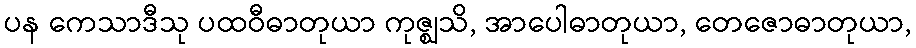
ပန ကေသာဒီသု ပထဝီဓာတုယာ ကုဇ္ဈသိ, အာပေါဓာတုယာ, တေဇောဓာတုယာ,